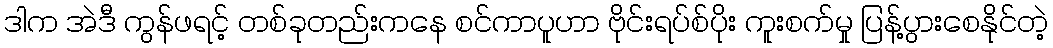
ဒါက အဲဒီ ကွန်ဖရင့် တစ်ခုတည်းကနေ စင်ကာပူဟာ ဗိုင်းရပ်စ်ပိုး ကူးစက်မှု ပြန့်ပွားစေနိုင်တဲ့